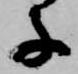
子